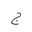
Letter: _gim